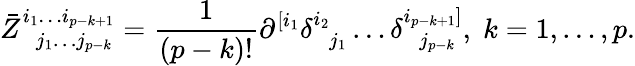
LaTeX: \bar{Z}_{\; \; j_{1}\ldots j_{p-k}}^{i_{1}\ldots i_{p-k+1}}=\frac 1{\left(p-k\right)!}\partial_{}^{\left[i_{1}\right.}\delta_{\; \; j_{1}}^{i_{2}}\ldots\delta_{\; \; j_{p-k}}^{\left.i_{p-k+1}\right]},\; k=1,\ldots,p.